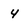
Character: 4